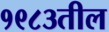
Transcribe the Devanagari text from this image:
१९८३तील